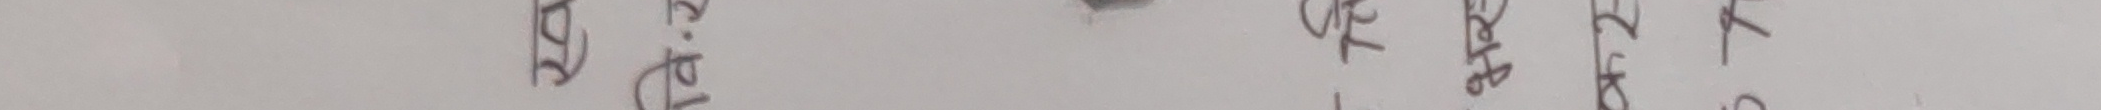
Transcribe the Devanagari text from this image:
छानो माथि रुख ७५ प